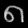
Digit: ၈